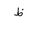
Letter: _za